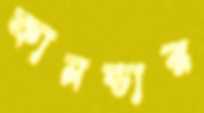
কানডার